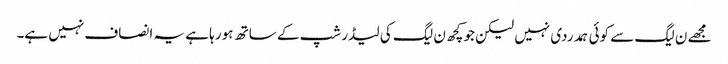
مجھے ن لیگ سے کوئی ہمدردی نہیں لیکن جو کچھ ن لیگ کی لیڈر شپ کے ساتھ ہو رہا ہے یہ انصاف نہیں ہے۔